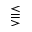
\lesseqqgtr